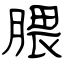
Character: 腲